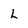
Character: L